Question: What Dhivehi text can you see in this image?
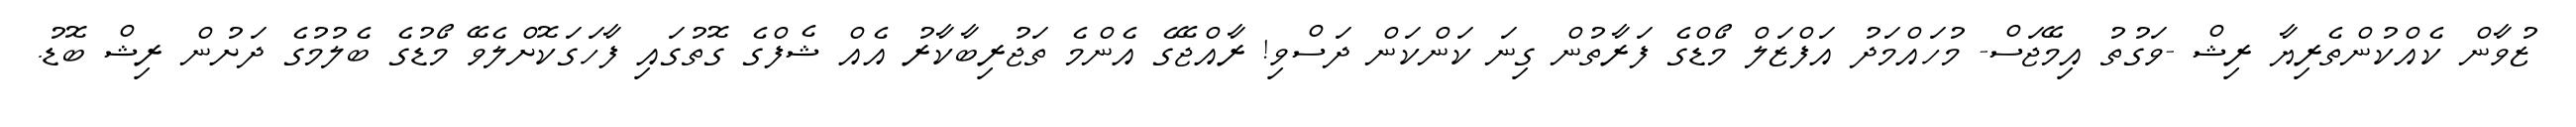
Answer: ޒުވާން ކެއްކުންތެރިޔާ ރިޝް -ވަގުތު އިމޭޖަސް- މުހައްމަދު އަފްޒަލް މޯޑްގެ ފަރާތުން ގިނަ ކަންކަން ދަސްވި! ރާއްޖޭގެ އެންމެ ތަޖުރިބާކާރު އެއް ޝެފްގެ ގޮތުގައި ފާހަގަކޮށްލެވޭ މޯޑުގެ ބެލުމުގެ ދަށުން ރިޝް ބޮޑު.